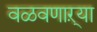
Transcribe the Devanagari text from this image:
वळवणाऱ्या